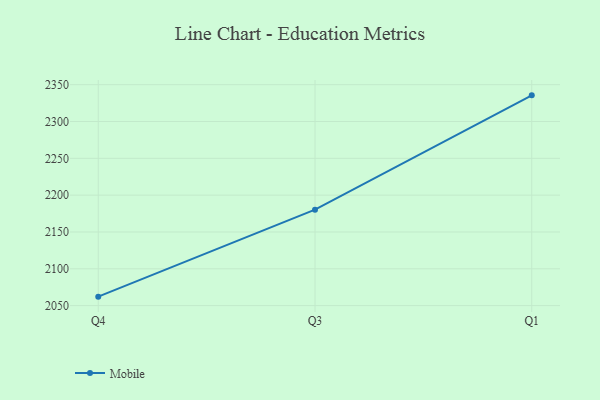
{"axis": {"x": "Quarter", "y": "Page Views"}, "legend": ["Mobile"], "data": [{"x": "Q4", "y": 2062.2, "type": "Mobile"}, {"x": "Q3", "y": 2180.3, "type": "Mobile"}, {"x": "Q1", "y": 2335.5, "type": "Mobile"}]}